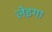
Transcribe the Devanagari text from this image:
लेइगा